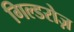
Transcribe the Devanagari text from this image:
गिल्डरोज़